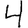
Digit: 4